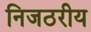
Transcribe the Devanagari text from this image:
निजठरीय